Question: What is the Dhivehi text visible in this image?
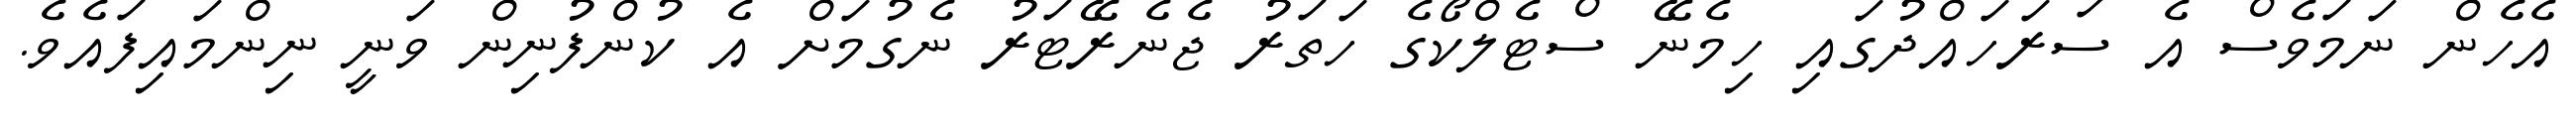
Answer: އެހެން ނަމަވެސް އެ ސަރަހައްދުގައި ހިމެނޭ ސްޓެލްކޯގެ ހަތަރު ޖެނެރޭޓަރު ނެގުމަށް އެ ކުންފުނިން ވަނީ ނިންމައިފައެވެ.